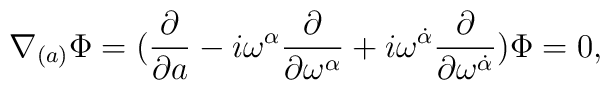
\nabla _{(a)}\Phi =({\frac \partial {\partial a}}-i\omega^\alpha {\frac \partial {\partial \omega ^\alpha }}+i\omega ^{\dot \alpha }\frac{\partial}{\partial\omega^{\dot{\alpha}}})\Phi =0,